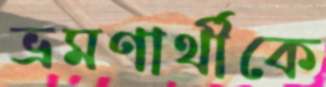
ভ্রমণার্থীকে